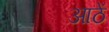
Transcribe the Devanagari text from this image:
आठें